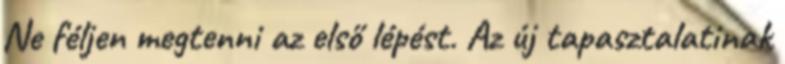
Ne féljen megtenni az első lépést. Az új tapasztalatinak